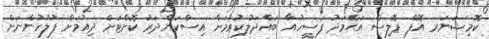
ކޮމިޝަނަރ އޮފް ޕޮލިސް އަޙްމަދު ފަސީހުއާ ބައްދަލުކުރުމަށް އިސްކަންދަރު ކޮށްޓަށް ދިއުމަށް ފުލުހުންނަށް